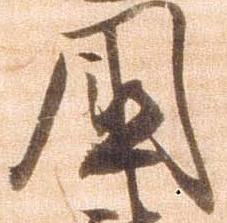
国